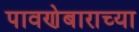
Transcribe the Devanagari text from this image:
पावणेबाराच्या